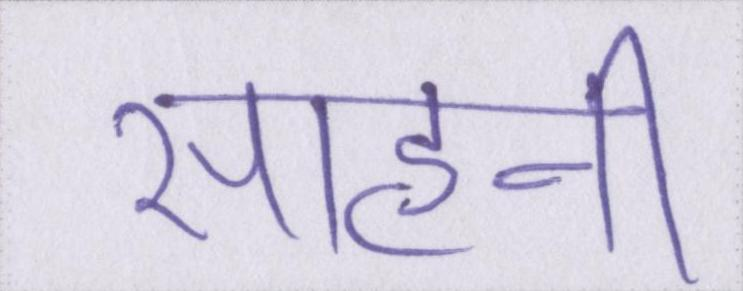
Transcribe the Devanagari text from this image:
साहनी